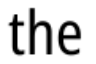
the